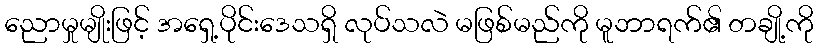
ညောမှုမျိုးဖြင့် အရှေ့ပိုင်းဒေသရှိ လုပ်သလဲ မဖြစ်မည်ကို မူဘာရက်၏ တချို့ကို